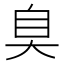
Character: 臭